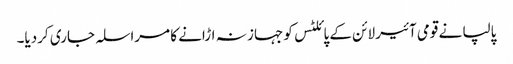
پالپا نے قومی آئیر لائن کے پائلٹس کو جہاز نہ اڑانے کا مراسلہ جاری کردیا۔